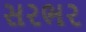
સરભર